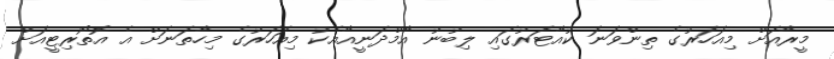
މީރާއަށް މިއަހަރުގެ ތިންވަނަ ކުއާޓަރުގައި ލިބުނު އާމްދަނީއާއެކު މިއަހަރުގެ މިހާތަނަށް އެ އޮތޯރިޓީއަށް